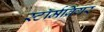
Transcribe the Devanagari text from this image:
स्टॉर्मब्रिंगर